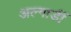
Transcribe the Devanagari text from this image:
अल्गार्डी